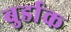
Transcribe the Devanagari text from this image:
बुर्डाक